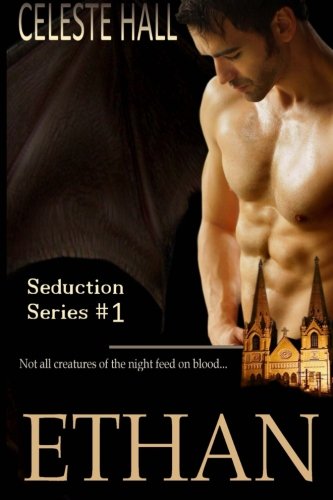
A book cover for Ethan: Seduction Series; Celeste Hall; Romance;